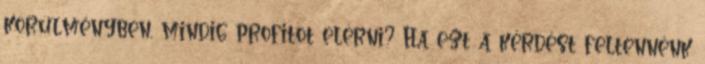
körülményben, mindig profitot elérni? Ha ezt a kérdést feltennénk